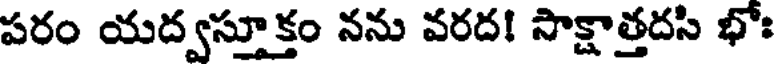
పరం యద్వస్తూక్తం నను వరద! సాక్షాత్తదసి భోః